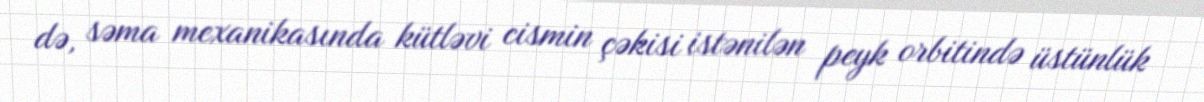
də, səma mexanikasında kütləvi cismin çəkisi istənilən peyk orbitində üstünlük